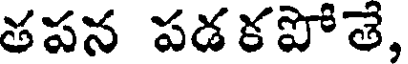
తపన పడకపోతే,